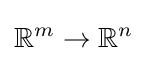
\mathbb {R} ^{m}\to \mathbb {R} ^{n}